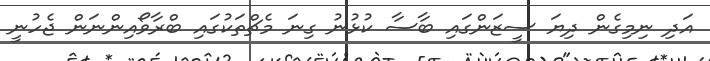
އަދި ނިމިގެން ދިޔަ ސީޒަންގައި ބާސާ ކުޅުނު ގިނަ މެޗްތަކުގައި ބްރާވޯއިންނަން ޖެހުނީ